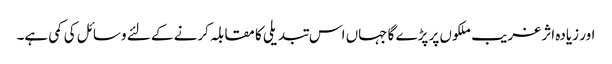
اور زیادہ اثر غریب ملکوں پر پڑے گا جہاں اس تبدیلی کا مقابلہ کرنے کے لئے وسائل کی کمی ہے۔